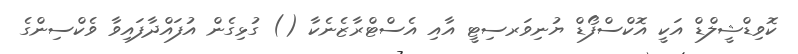
ކޮވިޑްޝީލްޑް އަކީ އޮކްސްފޯޑް ޔުނިވަރސިޓީ އާއި އެސްޓްރާޒެނެކާ () ގުޅިގެން އުފައްދާފައިވާ ވެކްސިންގެ